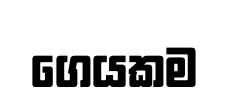
ගෙයකම